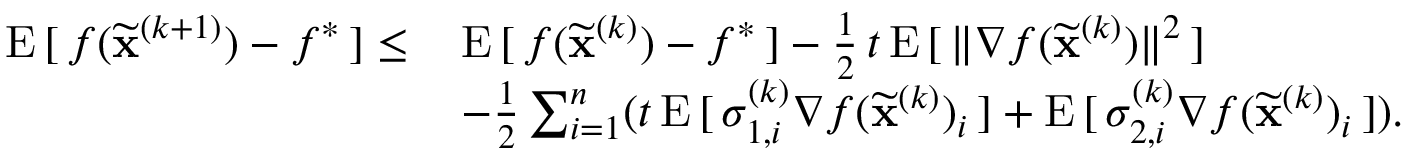
\begin{array} { r l } { \mathrm { E } \, [ \, f ( \widetilde \mathbf { x } ^ { ( k + 1 ) } ) - f ^ { * } \, ] \le \, } & { \mathrm { E } \, [ \, f ( \widetilde \mathbf { x } ^ { ( k ) } ) - f ^ { * } \, ] - \frac { 1 } { 2 } \, t \, \mathrm { E } \, [ \, \Vert \nabla f ( \widetilde \mathbf { x } ^ { ( k ) } ) \Vert ^ { 2 } \, ] } \\ & { - \frac { 1 } { 2 } \sum _ { i = 1 } ^ { n } ( t \, \mathrm { E } \, [ \, \sigma _ { 1 , i } ^ { ( k ) } \nabla f ( \widetilde \mathbf { x } ^ { ( k ) } ) _ { i } \, ] + \mathrm { E } \, [ \, \sigma _ { 2 , i } ^ { ( k ) } \nabla f ( \widetilde \mathbf { x } ^ { ( k ) } ) _ { i } \, ] ) . } \end{array}